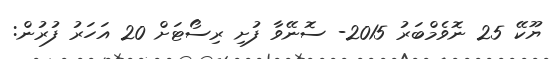
ޔޫކޭ 25 ނޮވެމްބަރު 2015- ސޮނޭވާ ފުށި ރިސޯޓަށް 20 އަހަރު ފުރުން: